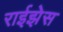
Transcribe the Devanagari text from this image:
राईझेस